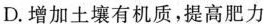
D.增加土壤有机质，提高肥力